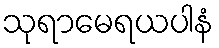
သုရာမေရယပါနံ